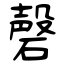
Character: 磬